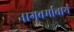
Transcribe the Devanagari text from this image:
नागवर्माचार्य